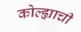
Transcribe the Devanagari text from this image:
कोल्ह्याची